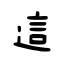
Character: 這